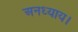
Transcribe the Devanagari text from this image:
अनध्याय।